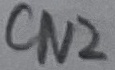
Text: CN2